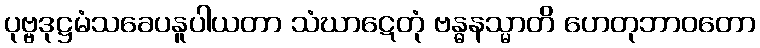
ပုဗ္ဗဒုဋ္ဌမံသခေပနူပါယတာ သံဃာဋေတုံ ဗန္ဓနသ္မာတိ ဟေတုဘာဝတော